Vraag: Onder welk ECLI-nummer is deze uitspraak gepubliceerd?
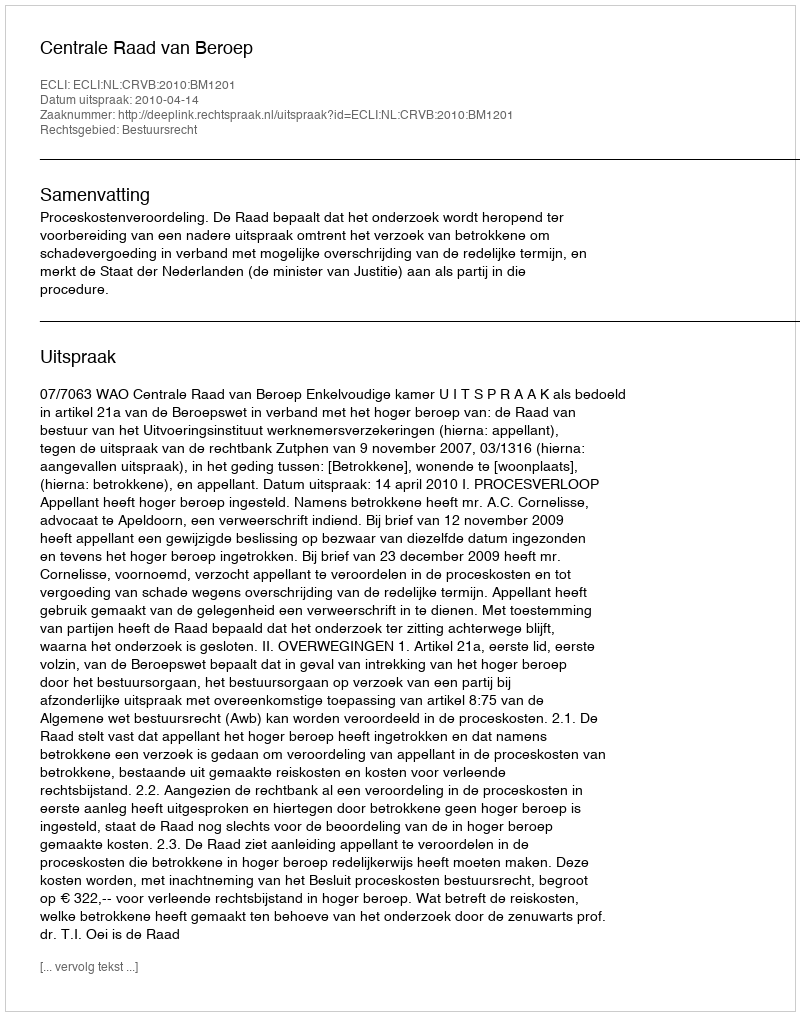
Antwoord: ECLI:NL:CRVB:2010:BM1201